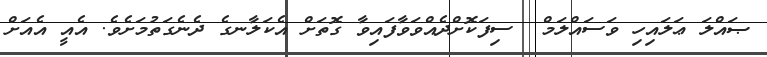
ޞައްލަ ޢަލައިހި ވަސައްލަމް  ސިފަކޮށްދެއްވަވާފައިވާ ގޮތަށް އެކަލާނގެ ދެނެގަތުމަށެވެ. އެއީ އެއަށް